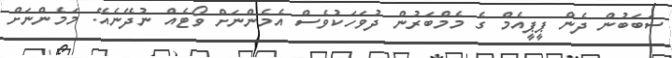
ސަބަބުން ދެން ޕީޕީއެމް ގެ މެމްބަރުން ދުވަހަކުވެސް އެމެންނަށް ވޯޓެއް ނުދޭނެއޭ. މަމެންނަށް